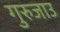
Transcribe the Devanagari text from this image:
गुरुजाउ